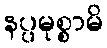
နပ္ပမုစ္စာမိ